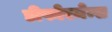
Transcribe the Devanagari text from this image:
डीफोरमेन्स